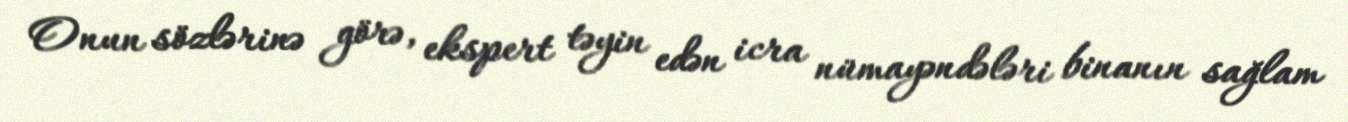
Onun sözlərinə görə, ekspert təyin edən icra nümayəndələri binanın sağlam